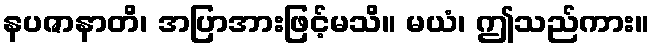
နပဇာနာတိ၊ အပြာအားဖြင့်မသိ။ မယံ၊ ဤသည်ကား။